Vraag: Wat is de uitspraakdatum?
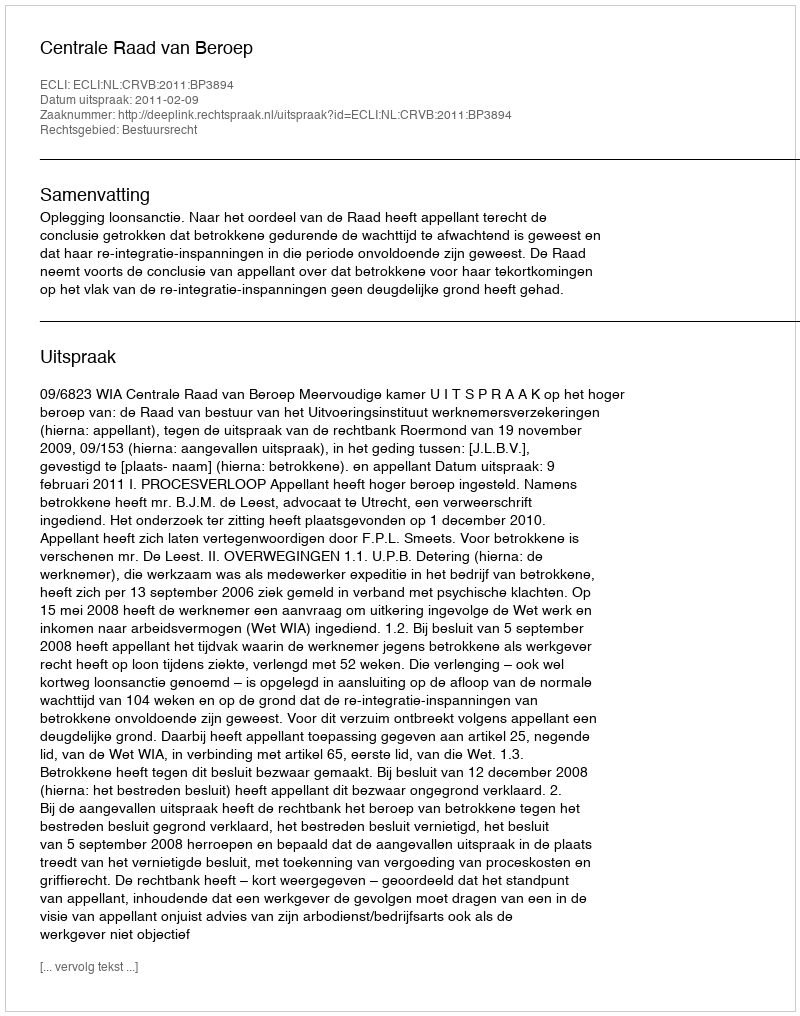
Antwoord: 2011-02-09